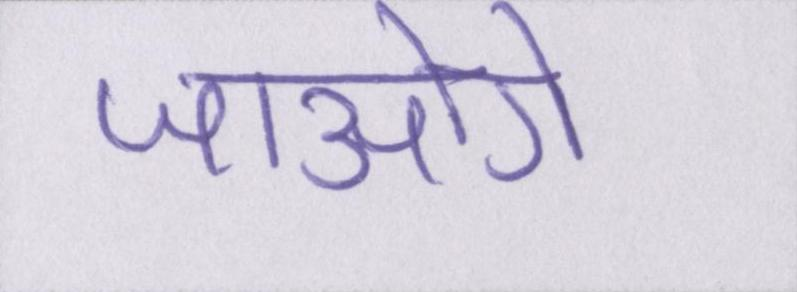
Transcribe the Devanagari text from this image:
जाओगे